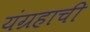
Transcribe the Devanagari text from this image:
यंग्रहाची